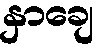
နှာချေ